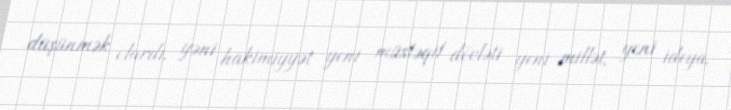
düşünmək olardı, yəni hakimiyyət yeni müstəqil dövləti yeni millət, yeni ideya,